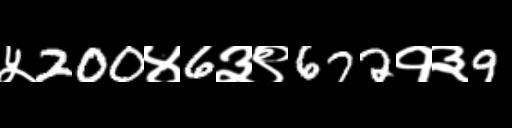
Text: ५200४6३९672१३9